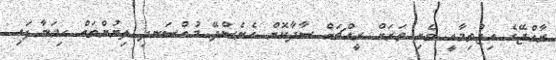
ރާއްޖޭގެ އިޖުތިމާއީ ވެށި ވަރަށް ރީއްޗަށް ސާދާކޮށް ގެނެސްދޭ މުއްސަނދި ލިޔުންތައް ހިމަނާފައި